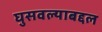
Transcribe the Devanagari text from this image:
घुसवल्याबद्दल